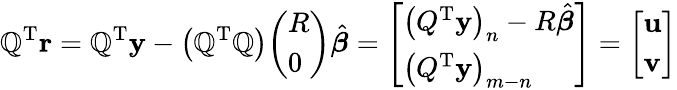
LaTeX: \mathbb{Q}^{\mathrm{{{T}}}}\mathbf{{r}}=\mathbb{Q}^{\mathrm{{{T}}}}\mathbf{{y}}-\left(\mathbb{Q}^{\mathrm{{{T}}}}\mathbb{Q}\right){\left(\begin{array}{l}{R}\\ {0}\end{array}\right)}{\hat{{\boldsymbol{\beta}}}}={\left[\begin{array}{l}{\left(Q^{\mathrm{{T}}}\mathbf{y}\right)_{n}-R{\hat{\boldsymbol{\beta}}}}\\ {\left(Q^{\mathrm{{T}}}\mathbf{y}\right)_{m-n}}\end{array}\right]}={\left[\begin{array}{l}{\mathbf{u}}\\ {\mathbf{v}}\end{array}\right]}